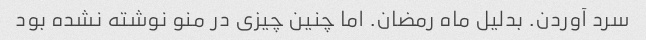
سرد آوردن. بدلیل ماه رمضان. اما چنین چیزی در منو نوشته نشده بود